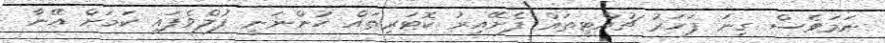
ނަމަވެސް ގިނަ ފަހަރު ޗުއްޓީތައް ފެށޭއިރު ކޮޓަރިތައް ހުންނަނީ ފުލްވެފައި ކަމަށް އޭނާ